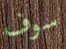
سوف